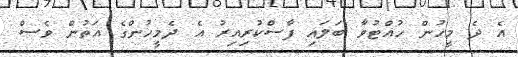
އެ ދެ މީހުން ހުއްޓުވާ ބަލައި ފާސްކުރިއިރު އެ ދެމީހުންގެ އަތުން ވެސް